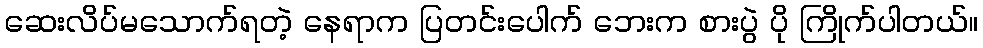
ဆေးလိပ်မသောက်ရတဲ့ နေရာက ပြတင်းပေါက် ဘေးက စားပွဲ ပို ကြိုက်ပါတယ်။